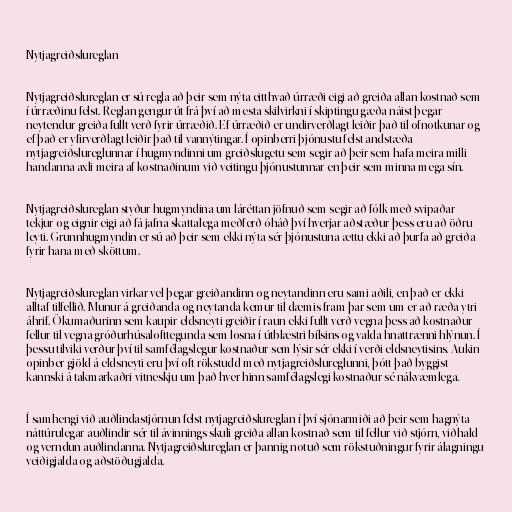
Nytjagreiðslureglan

Nytjagreiðslureglan er sú regla að þeir sem nýta eitthvað úrræði eigi að greiða allan kostnað sem
í úrræðinu felst. Reglan gengur út frá því að mesta skilvirkni í skiptingu gæða náist þegar
neytendur greiða fullt verð fyrir úrræðið. Ef úrræðið er undirverðlagt leiðir það til ofnotkunar og
ef það er yfirverðlagt leiðir það til vannýtingar. Í opinberri þjónustu felst andstæða
nytjagreiðslureglunnar í hugmyndinni um greiðslugetu sem segir að þeir sem hafa meira milli
handanna axli meira af kostnaðinum við veitingu þjónustunnar en þeir sem minna mega sín.

Nytjagreiðslureglan styður hugmyndina um láréttan jöfnuð sem segir að fólk með svipaðar
tekjur og eignir eigi að fá jafna skattalega meðferð óháð því hverjar aðstæður þess eru að öðru
leyti. Grunnhugmyndin er sú að þeir sem ekki nýta sér þjónustuna ættu ekki að þurfa að greiða
fyrir hana með sköttum.

Nytjagreiðslureglan virkar vel þegar greiðandinn og neytandinn eru sami aðili, en það er ekki
alltaf tilfellið. Munur á greiðanda og neytanda kemur til dæmis fram þar sem um er að ræða ytri
áhrif. Ökumaðurinn sem kaupir eldsneyti greiðir í raun ekki fullt verð vegna þess að kostnaður
fellur til vegna gróðurhúsalofttegunda sem losna í útblæstri bílsins og valda hnattrænni hlýnun. Í
þessu tilviki verður því til samfélagslegur kostnaður sem lýsir sér ekki í verði eldsneytisins. Aukin
opinber gjöld á eldsneyti eru því oft rökstudd með nytjagreiðslureglunni, þótt það byggist
kannski á takmarkaðri vitneskju um það hver hinn samfélagslegi kostnaður sé nákvæmlega.

Í samhengi við auðlindastjórnun felst nytjagreiðslureglan í því sjónarmiði að þeir sem hagnýta
náttúrulegar auðlindir sér til ávinnings skuli greiða allan kostnað sem til fellur við stjórn, viðhald
og verndun auðlindanna. Nytjagreiðslureglan er þannig notuð sem rökstuðningur fyrir álagningu
veiðigjalda og aðstöðugjalda.